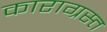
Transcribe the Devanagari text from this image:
काराग्रस्त